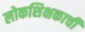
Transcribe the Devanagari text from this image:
लोकशिक्षकाची